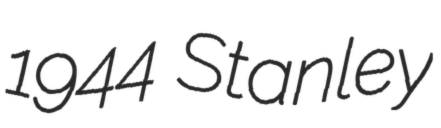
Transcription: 1944 Stanley